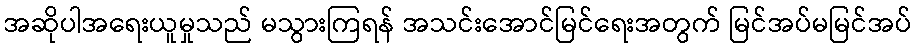
အဆိုပါအရေးယူမှုသည် မသွားကြရန် အသင်းအောင်မြင်ရေးအတွက် မြင်အပ်မမြင်အပ်